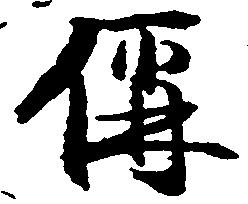
偁